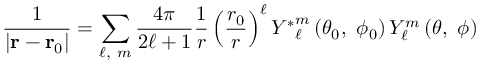
{ \frac { 1 } { \left| \mathbf { r } - \mathbf { r } _ { 0 } \right| } } = \sum _ { \ell , \ m } { \frac { 4 \pi } { 2 \ell + 1 } } { \frac { 1 } { r } } \left( { \frac { r _ { 0 } } { r } } \right) ^ { \ell } { Y ^ { * } } _ { \ell } ^ { m } \left( \theta _ { 0 } , \ \phi _ { 0 } \right) Y _ { \ell } ^ { m } \left( \theta , \ \phi \right)